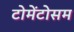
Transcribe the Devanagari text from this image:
टोमेंटोसम